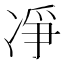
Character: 凈